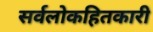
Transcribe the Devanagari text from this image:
सर्वलोकहितकारी